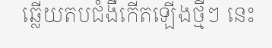
ឆ្លើយតបជំងឺកើតឡើងថ្មីៗ នេះ